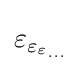
\varepsilon _{\varepsilon _{\varepsilon _{...}}}